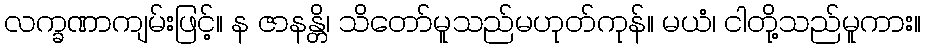
လက္ခဏာကျမ်းဖြင့်။ န ဇာနန္တိ၊ သိတော်မူသည်မဟုတ်ကုန်။ မယံ၊ ငါတို့သည်မူကား။